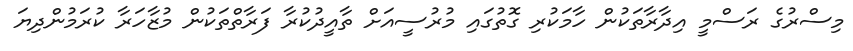
މިސްރުގެ ރަސްމީ އިދާރާތަކުން ހާމަކުރި ގޮތުގައި މުރުސީއަށް ތާއީދުކުރާ ފަރާތްތަކުން މުޒާހަރާ ކުރަމުންދިޔަ